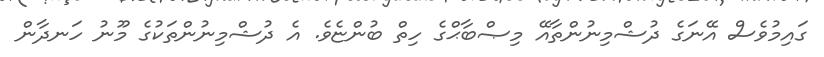
ގައިމުވެސް އޭނަގެ ދުޝްމިނުންތާއޭ މިޞްބާޙްގެ ހިތް ބުންޏެވެ. އެ ދުޝްމިނުންތަކުގެ މޫނު ހަނދާން